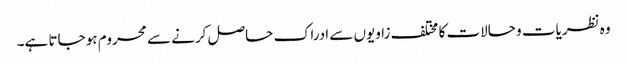
وہ نظریات و حالات کا مختلف زاویوں سے ادراک حاصل کرنے سے محروم ہو جاتا ہے۔